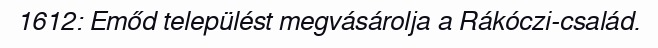
1612: Emőd települést megvásárolja a Rákóczi-család.